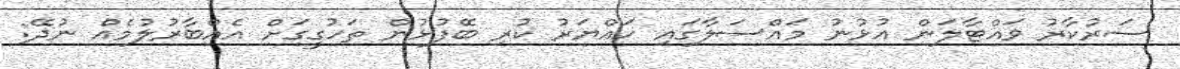
ސަރުކާރު ވައްޓާލަން އުޅުނު މައްސަލާގައި ހައްޔަރު ކުރި ބޭފުޅުން ތަހުގީގަށް އެއްބާރުލުމެއް ނުދޭ: